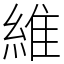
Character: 維